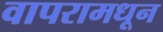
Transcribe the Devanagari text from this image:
वापरामधून